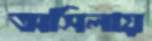
অসিলায়